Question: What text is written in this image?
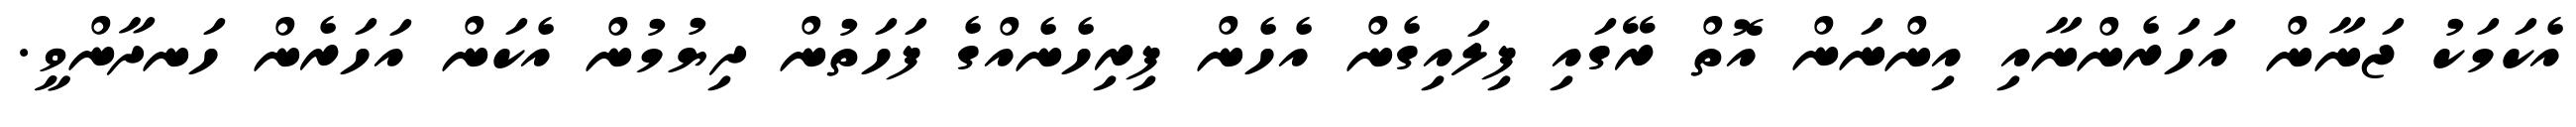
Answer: އެކަމަކު ޖަނާން އަހަރެންނާއި އިންނަން އޮތް ރޭގައި ފިލައިގެން އެހެން ފިރިހެނެއްގެ ފަހަތުން ދިޔުމުން އެކަން އަހަރެން ހަނދާންވީ.